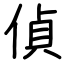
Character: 偵